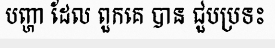
បញ្ហា ដែល ពួកគេ បាន ជួបប្រទះ